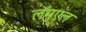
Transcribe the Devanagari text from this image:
लॅमुएल